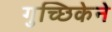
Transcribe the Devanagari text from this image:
गुच्छिकेने